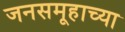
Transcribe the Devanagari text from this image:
जनसमूहाच्‍या